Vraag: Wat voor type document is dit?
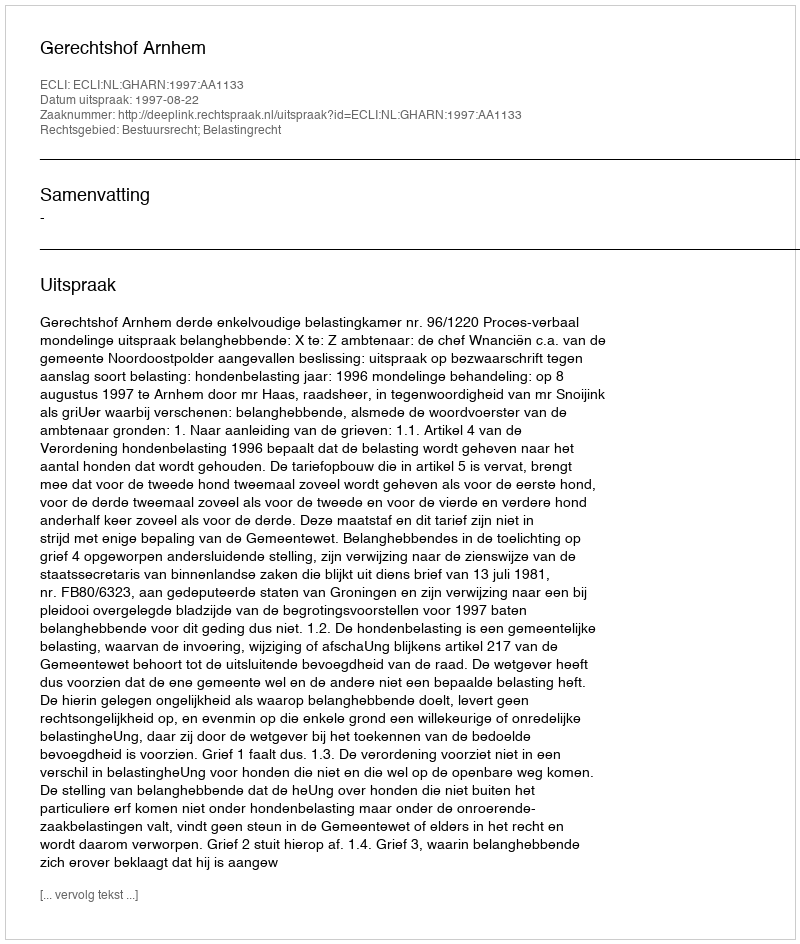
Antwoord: Uitspraak